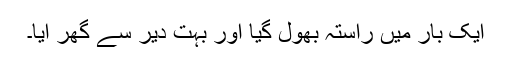
ایک بار میں راستہ بھول گیا اور بہت دیر سے گھر آیا۔